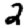
Digit: 2